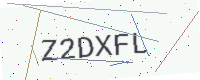
Text: Z2DXFL